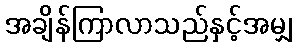
အချိန်ကြာလာသည်နှင့်အမျှ